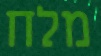
מלח